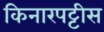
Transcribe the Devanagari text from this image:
किनारपट्टीस